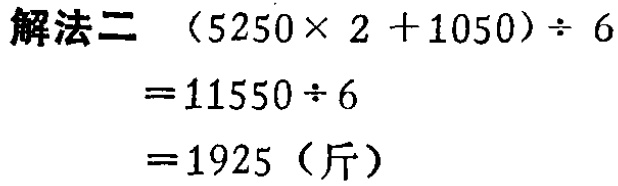
\(
\begin{align*}
& \text{解法二 }(5250\times 2 + 1050)\div 6 \\
&=11550\div 6 \\
&=1925 \text{（斤）}
\end{align*}
\)